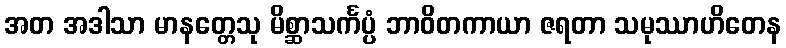
အတ အဒါသာ မာနတ္တေသု မိစ္ဆာသင်္ကပ္ပံ ဘာဝိတကာယာ ဇရတာ သမုဿာဟိတေန